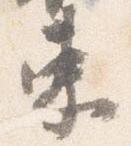
束